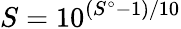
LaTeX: S=10^{\left({S^{\circ}-1}\right)/10}